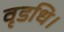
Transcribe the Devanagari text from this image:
वृडधि।